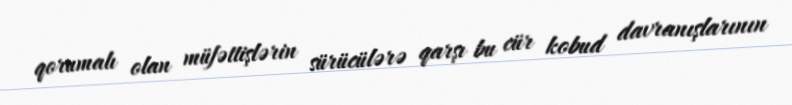
qorumalı olan müfəttişlərin sürücülərə qarşı bu cür kobud davranışlarının